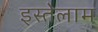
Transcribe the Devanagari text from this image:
इस्तेलाम